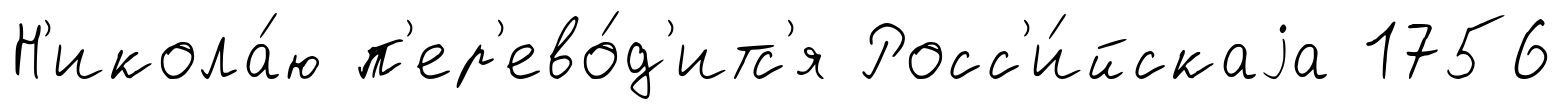
Н'икола́ю п'ер'ево́д'итс'я Росс'и́йскаjа 1756